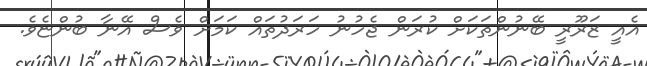
އެއީ ޒަރޫރީ ބޭނުންތަކަށް ކުރަން ޖެހުނު ހަރަދުތައް ކަމަށް ވެސް އޭނާ ބުންޏެވެ.